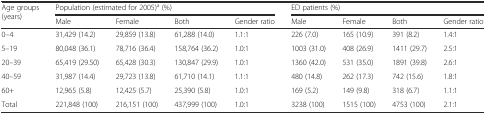
| <ROWSPAN=2> Age groups (years) | <COLSPAN=4> Population (estimated for 2005)a (%) | <COLSPAN=4> ED patients (%) |
 | Male | Female | Both | Gender ratio | Male | Female | Both | Gender ratio |
 | --- | --- | --- | --- | --- | --- | --- | --- | --- |
 | 0–4 | 31,429 (14.2) | 29,859 (13.8) | 61,288 (14.0) | 1.1:1 | 226 (7.0) | 165 (10.9) | 391 (8.2) | 1.4:1 |
 | 5–19 | 80,048 (36.1) | 78,716 (36.4) | 158,764 (36.2) | 1.0:1 | 1003 (31.0) | 408 (26.9) | 1411 (29.7) | 2.5:1 |
 | 20–39 | 65,419 (29.50) | 65,428 (30.3) | 130,847 (29.9) | 1.0:1 | 1360 (42.0) | 531 (35.0) | 1891 (39.8) | 2.6:1 |
 | 40–59 | 31,987 (14.4) | 29,723 (13.8) | 61,710 (14.1) | 1.1:1 | 480 (14.8) | 262 (17.3) | 742 (15.6) | 1.8:1 |
 | 60+ | 12,965 (5.8) | 12,425 (5.7) | 25,390 (5.8) | 1.0:1 | 169 (5.2) | 149 (9.8) | 318 (6.7) | 1.1:1 |
 | Total | 221,848 (100) | 216,151 (100) | 437,999 (100) | 1.0:1 | 3238 (100) | 1515 (100) | 4753 (100) | 2.1:1 |